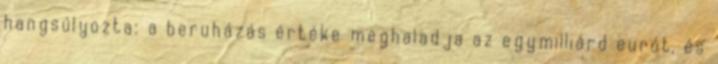
hangsúlyozta: a beruházás értéke meghaladja az egymilliárd eurót, és